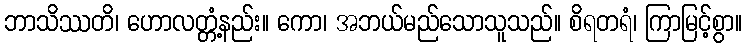
ဘာသိဿတိ၊ ဟောလတ္တံ့နည်း။ ကော၊ အဘယ်မည်သောသူသည်။ စိရတရံ၊ ကြာမြင့်စွာ။